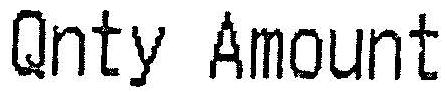
QNTY AMOUNT